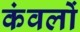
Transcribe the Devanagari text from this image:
कंवलों